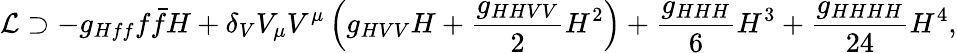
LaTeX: \mathcal{L}\supset-g_{Hff}f\bar{f}H+\delta_{V}V_{\mu}V^{\mu}\left(g_{HVV}H+\frac{g_{HHVV}}{2}H^{2}\right)+\frac{g_{HHH}}{6}H^{3}+\frac{g_{HHHH}}{24}H^{4},